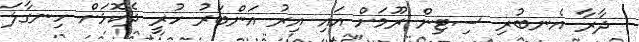
ދާރާ އެނބުރި ސިޓިން ރޫމަށް އައި އިރު އަންބަރު ހުރީ ދެކޮޅަށް ހިނގާލަ